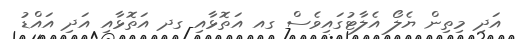
އަދި މިތިން ޔެލޯ އެލާޓުގައިވެސް ގއ އަތޮޅާއި ގދ އަތޮޅާއި އަދި އައްޑު